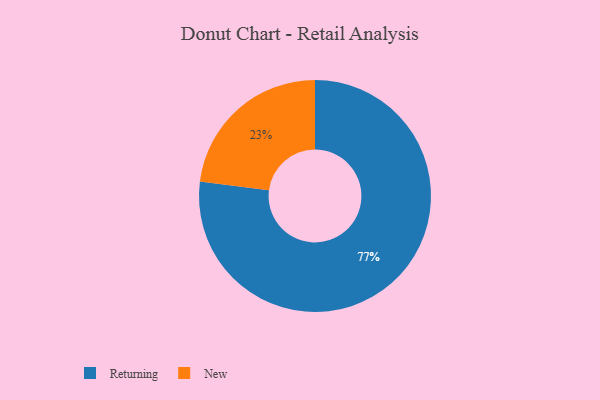
{"axis": {"x": "Category", "y": "Percentage"}, "legend": ["New", "Returning"], "data": [{"x": "Returning", "y": 77, "type": "Returning"}, {"x": "New", "y": 23, "type": "New"}]}